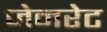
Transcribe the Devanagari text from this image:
जेनरेट